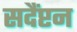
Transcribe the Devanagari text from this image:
सदैंप्टन